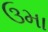
ઉમા